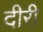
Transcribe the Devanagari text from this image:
दीरी